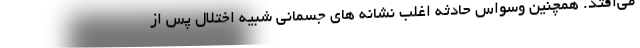
می‌افتد. همچنین وسواس حادثه اغلب نشانه های جسمانی شبیه اختلال پس از